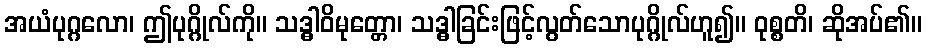
အယံပုဂ္ဂလော၊ ဤပုဂ္ဂိုလ်ကို။ သဒ္ဓါဝိမုတ္တော၊ သဒ္ဓါခြင်းဖြင့်လွတ်သောပုဂ္ဂိုလ်ဟူ၍။ ဝုစ္စတိ၊ ဆိုအပ်၏။